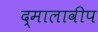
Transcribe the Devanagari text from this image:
द्मालावीप